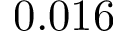
0 . 0 1 6